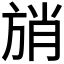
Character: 𰕩